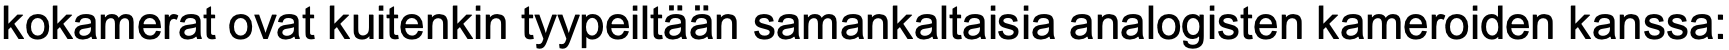
kokamerat ovat kuitenkin tyypeiltään samankaltaisia analogisten kameroiden kanssa: